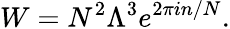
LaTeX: W=N^{2}\Lambda^{3}e^{2\pi in/N}.